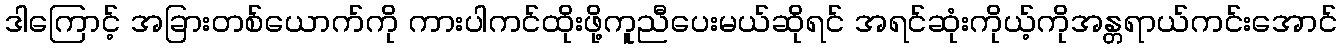
ဒါကြောင့် အခြားတစ်ယောက်ကို ကားပါကင်ထိုးဖို့ကူညီပေးမယ်ဆိုရင် အရင်ဆုံးကိုယ့်ကိုအန္တရာယ်ကင်းအောင်